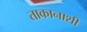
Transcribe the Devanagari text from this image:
ताकानाशी